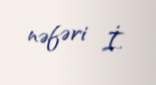
nəfəri İ.